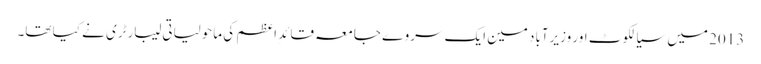
2013 میں سیالکوٹ اور وزیرآباد مین ایک سروے جامعہ قائدِ اعظم کی ماحولیاتی لیبارٹری نے کیا تھا۔